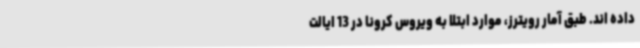
داده اند. طبق آمار رویترز، موارد ابتلا به ویروس کرونا در 13 ایالت